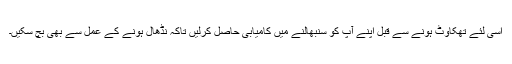
اسی لئے تھکاوٹ ہونے سے قبل اپنے آپ کو سنبھالنے میں کامیابی حاصل کرلیں تاکہ نڈھال ہونے کے عمل سے بھی بچ سکیں۔